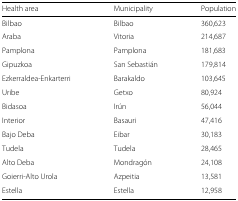
<table><thead><tr><td><b>Health area</b></td><td><b>Municipality</b></td><td><b>Population</b></td></tr></thead><tbody><tr><td>Bilbao</td><td>Bilbao</td><td>360,623</td></tr><tr><td>Araba</td><td>Vitoria</td><td>214,687</td></tr><tr><td>Pamplona</td><td>Pamplona</td><td>181,683</td></tr><tr><td>Gipuzkoa</td><td>San Sebastián</td><td>179,814</td></tr><tr><td>Ezkerraldea-Enkarterri</td><td>Barakaldo</td><td>103,645</td></tr><tr><td>Uribe</td><td>Getxo</td><td>80,924</td></tr><tr><td>Bidasoa</td><td>Irún</td><td>56,044</td></tr><tr><td>Interior</td><td>Basauri</td><td>47,416</td></tr><tr><td>Bajo Deba</td><td>Eibar</td><td>30,183</td></tr><tr><td>Tudela</td><td>Tudela</td><td>28,465</td></tr><tr><td>Alto Deba</td><td>Mondragón</td><td>24,108</td></tr><tr><td>Goierri-Alto Urola</td><td>Azpeitia</td><td>13,581</td></tr><tr><td>Estella</td><td>Estella</td><td>12,958</td></tr></tbody></table>